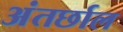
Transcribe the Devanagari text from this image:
अंतर्छाल